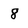
Character: 8